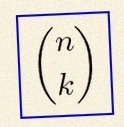
\binom{n}{k}